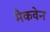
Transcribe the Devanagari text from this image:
मैकवेन